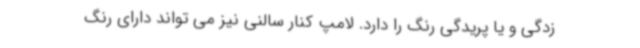
زدگی و یا پریدگی رنگ را دارد. لامپ کنار سالنی نیز می تواند دارای رنگ